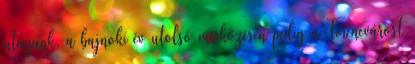
utazunk, a bajnoki év utolsó mérkőzésén pedig a Ferencvárost